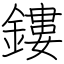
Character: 鏤